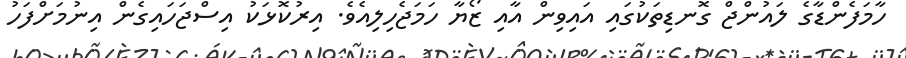
ހާމަފެންޑާގެ ލައުންޖް ގޮނޑިތަކުގައި އައިވިން އާއި ޒޯޔާ ހަމަޖެހިލިއެވެ. އިރުކޮޅަކު އިސްޖަހައިގެން އިނުމަށްފަހު